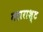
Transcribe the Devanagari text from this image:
महाराश्ट